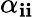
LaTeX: \alpha_{\mathbf{i}\mathbf{i}}